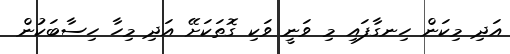
އަދި މިކަން ހިނގާފައި މި ވަނީ ވަކި ގޮތަކަށޭ އަދި މިހާ ހިސާބަކުން